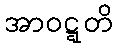
အာဝဋ္ဋတိ